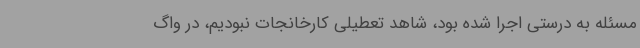
مسئله به درستی اجرا شده بود، شاهد تعطیلی کارخانجات نبودیم، در واگ